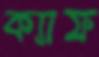
ক্যাফ